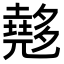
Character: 𡗉